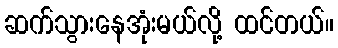
ဆက်သွားနေအုံးမယ်လို့ ထင်တယ်။